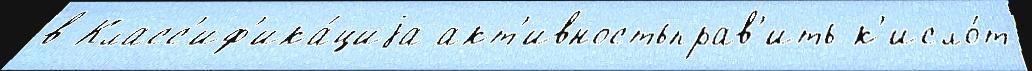
в Класс'иф'ика́циjа акт'ивностьправ'ить к'исло́т